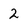
Character: 2